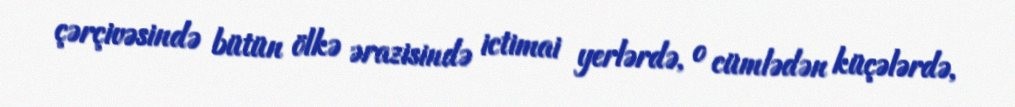
çərçivəsində bütün ölkə ərazisində ictimai yerlərdə, o cümlədən küçələrdə,